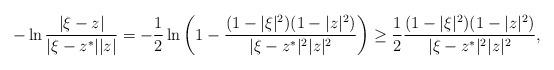
LaTeX: \begin{align*}-\ln\frac{|\xi-z|}{|\xi-z^*||z|} = -\frac{1}{2} \ln\left(1-\frac{(1-|\xi|^2)(1-|z|^2)}{|\xi-z^*|^2|z|^2}\right) \geq \frac{1}{2} \frac{(1-|\xi|^2)(1-|z|^2)}{|\xi-z^*|^2|z|^2},\end{align*}